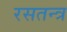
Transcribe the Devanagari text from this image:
रसतन्त्र